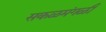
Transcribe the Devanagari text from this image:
सकळमंगळी